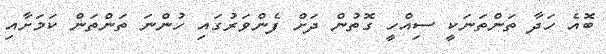
ބޮއެ ހަދާ ތަންތަނަކީ ސިއްހީ ގޮތުން ދަށް ފެންވަރުގައި ހުންނަ ތަންތަން ކަމަށާއި